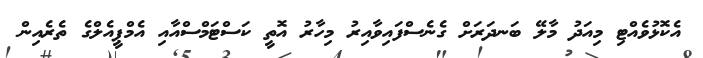
އެކޮޅުވެއްޓި މިއަދު މާލޭ ބަނދަރަށް ގެނެސްފައިވާއިރު މިހާރު އޮތީ ކަސްޓަމްސްއާއި އެމްޕީއެލްގެ ތެރެއިން